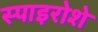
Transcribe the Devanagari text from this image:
स्पाइरोशे